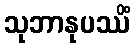
သုဘာနုပဿိံ